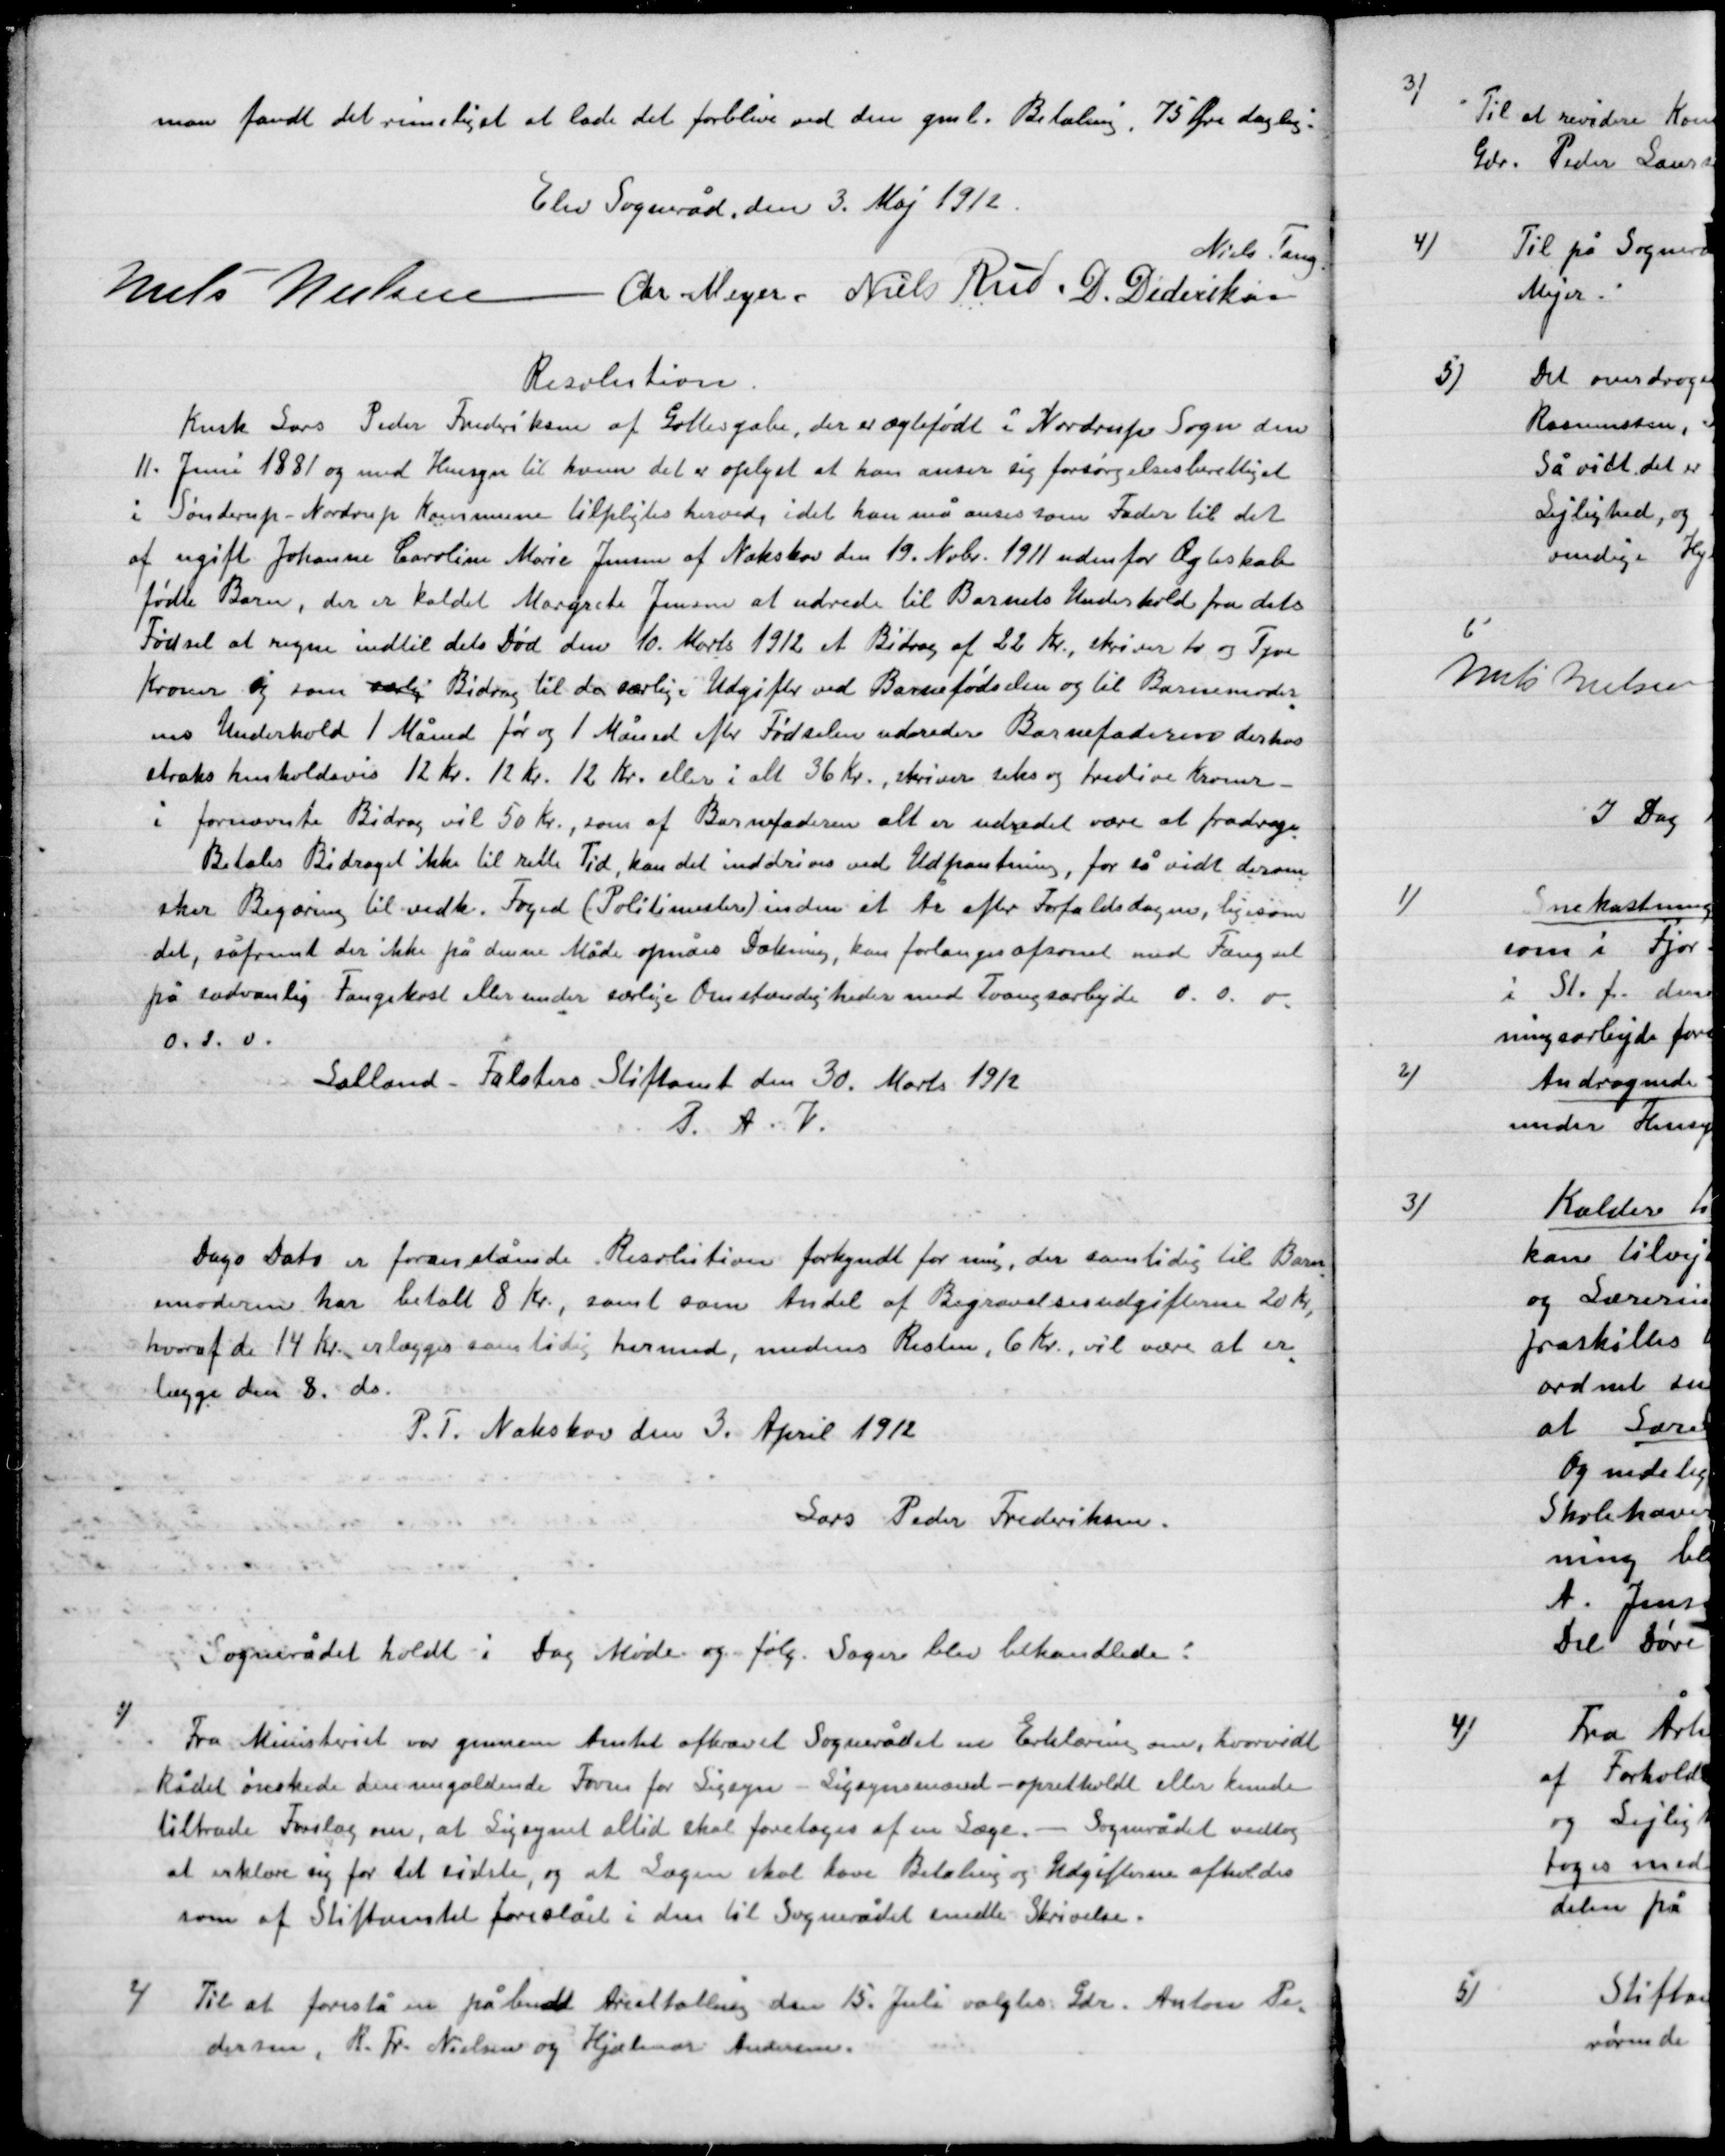
Transskription:
man fandt det rimeligt at lade det forblive ved den gamle Betaling. 75 Øre daglig.

Elev Sogneråd den 3 Maj 1912.

Niels Nielsen
Chr. Meyer
Niels Rud
D. Dideriksen
Niels Tang.

Resolution
Kusk Lars Peder Frederiksen af Gottesgabe, der er ægtefødt i Nordrup Sogn den
11. Juni 1881 og med Hensyn til hvem det er oplyst at han mener sig forsørgelsesberettiget
I Sønderup - Nordrup Kommune tilpligter hvorved i det han må anses som Fader til det
af ugift Johanne Caroline Marie Jensen af Nakskov den 19 Nobr. 1911 udenfor Ægteskab
fødte Barn, der er kaldet Margrete Jensen at udrede til Barnets underhold fra dets
Fødsel at regne indtil dets Død den 10 Marta 1912 et Bidrag af 22 Kr. skrives to og Tyve
Kroner og som sædv Bidrag til den særlige Udgifter ved Barnefødslen og til Barnemoder-
ens Underhold 1 Måned før og 1 Måned efter Fødslen udover Barnefaderen derhos
straks henholdsvis 12 Kr. 12 Kr. 12 Kr. eller i alt 36 Kr., skrives seks og tredive Kroner-
i fornævnte Bidrag vil 50 Kr., som af Barnefaderen alt er udredet være at fradrag
Betales Bidraget ikke til rette Tid, kan det inddrives ved Udpantning, for så vidt derom
sker Begæring til vedk. Foged (Politimester) inden et År efter Forfaldsdagen, ligesom
det, såfremt der ikke på denne Måde opnås Dækning, kan forlanges afsonet med Fængsel
på sædvanlig Fangekost eller under særlige Omstændigheder med Tvangsarbejde o.s.v.
o.s.v.
Lolland – Falster Stiftsamt den 30 Marts 1912
P.A.V.

Dags Dato er foranstående Resolution forkyndt for mig, der samtidig til Barne-
moderen har betalt 8 Kr. samt som Andel Begravelsesudgifterne 20 Kr.
hvoraf de 14 Kr. erlægges samtidig hermed, medens Resten, 6 Kr., vil vædre at er-
lægges den 8. ds.
P.T. Nakskov den 3. April 1912
Lars Peder Frederiksen.

Sognerådet holdt i Dag Møde og følg. Sager blev behandlede:

1)

Fra Ministeriet var gennem Amtet afkrævet Sognerådet en Erklæring om, hvorvidt
Rådet ønskede den nugældende form for Ligsyn – Ligsynsnævn opretholdt eller kunde
tiltræde Forslag om, at Ligsynet altid skal foretages af en Læge – Sognerådet vedtog
at erklære sig for det sidste, og at Lægen skal have Betaling og Udgifterne afholdes
som af Stiftsamtet foreslået i den til Sognerådet sendte Skrivelse.

2)

Til at foreslå en påbudt Arealtælling den 15. Juli valgtes Gdr. Anton Pe
- dersen, R. Fr. Nielsen og Hjalmer Andersen